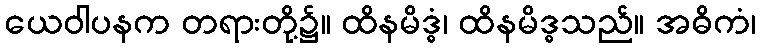
ယေဝါပနက တရားတို့၌။ ထိနမိဒ္ဓံ၊ ထိနမိဒ္ဓသည်။ အဓိကံ၊